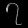
Digit: ၇